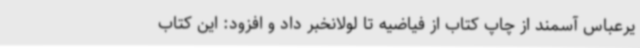
یرعباس آسمند از چاپ کتاب از فیاضیه تا لولانخبر داد و افزود: این کتاب